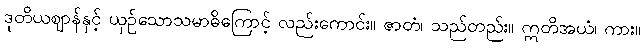
ဒုတိယဈာန်နှင့် ယှဉ်သောသမာဓိကြောင့် လည်းကောင်း။ ဇာတံ၊ သည်တည်း။ ဣတိအယံ၊ ကား။